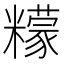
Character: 𱹦